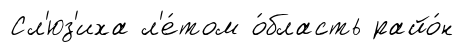
Сл'юз'иха л'е́том о́бласть райо́н